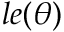
l e ( \theta )